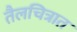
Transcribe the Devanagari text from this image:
तैलचित्रात